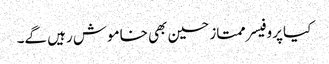
کیا پروفیسر ممتاز حسین بھی خاموش رہیں گے۔